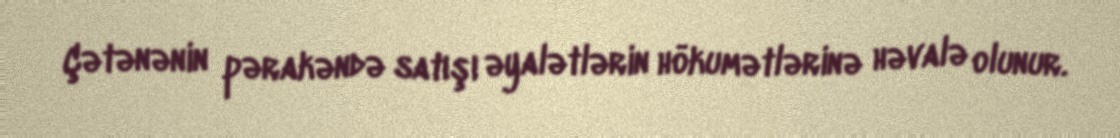
Çətənənin pərakəndə satışı əyalətlərin hökumətlərinə həvalə olunur.